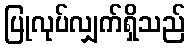
ပြုလုပ်လျှက်ရှိသည်